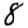
Digit: 8